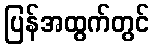
ပြန်အထွက်တွင်